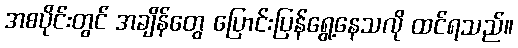
အစပိုင်းတွင် အချိန်တွေ ပြောင်းပြန်ရွေ့နေသလို ထင်ရသည်။